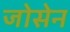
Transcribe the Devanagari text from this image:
जोसेन